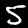
Label: 5